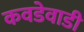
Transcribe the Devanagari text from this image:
कवडेवाडी